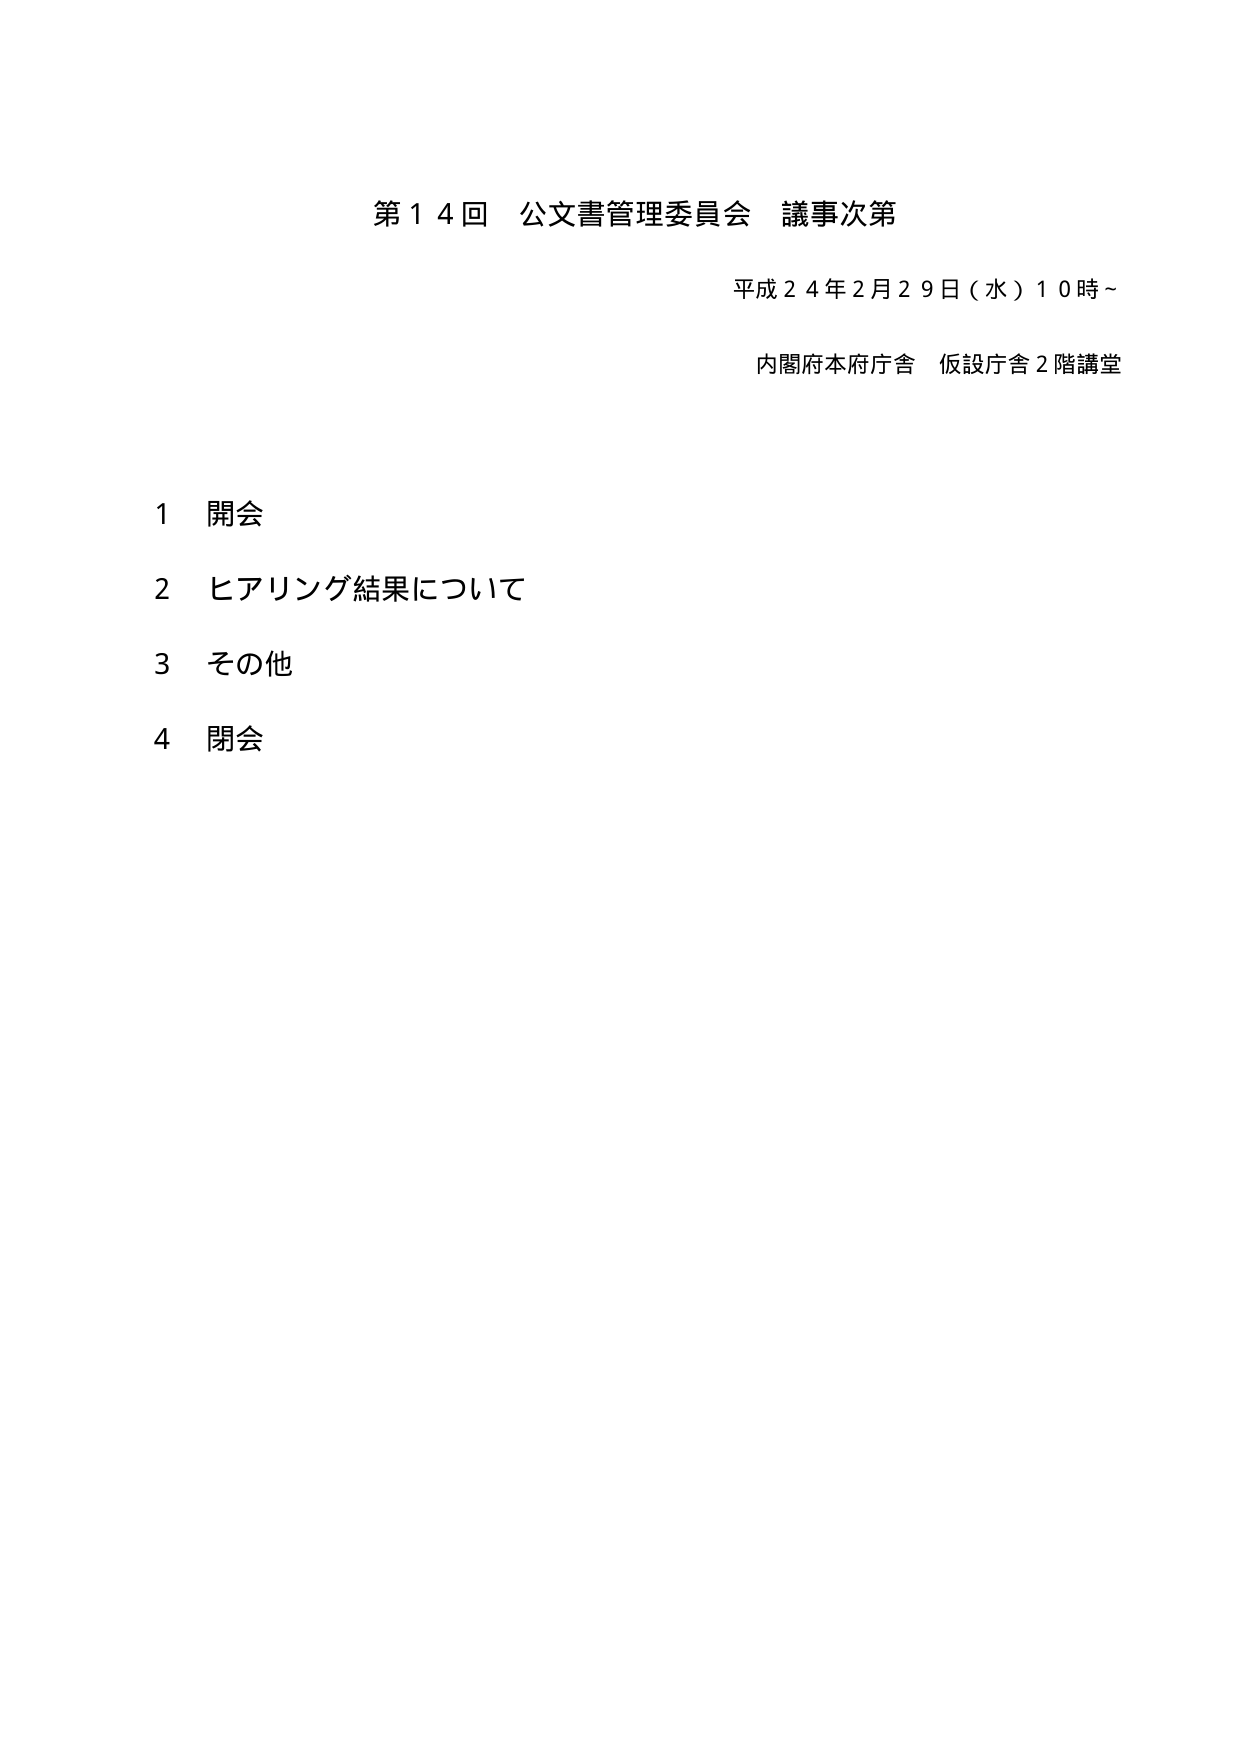
第１４回 公文書管理委員会 議事次第
平成２４年２月２９日（水）１０時～
内閣府本府庁舎 仮設庁舎２階講堂

１ 開会
２ ヒアリング結果について
３ その他
４ 閉会